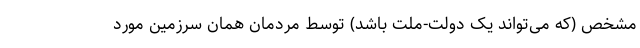
مشخص (که می‌تواند یک دولت-‌ملت باشد) توسط مردمان همان سرزمین مورد